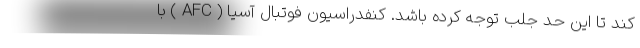
کند تا این حد جلب توجه کرده باشد. کنفدراسیون فوتبال آسیا ( AFC ) با